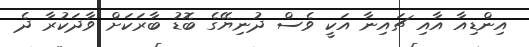
އިންޑިއާ އާއި ޗައިނާ އަކީ ވެސް ދުނިޔޭގެ ބޮޑު ބާރަކަށް ވާދަކުރާ ދެ